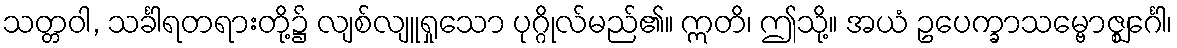
သတ္တဝါ, သင်္ခါရတရားတို့၌ လျစ်လျူရှုသော ပုဂ္ဂိုလ်မည်၏။ ဣတိ၊ ဤသို့။ အယံ ဥပေက္ခာသမ္ဗောဇ္ဈင်္ဂေါ၊